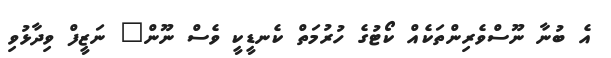
އެ ބުނާ ނޫސްވެރިންތަކެއް ކޯޓުގެ ހުރުމަތް ކެނޑީކީ ވެސް ނޫން" ނަޒީފް ވިދާޅުވި